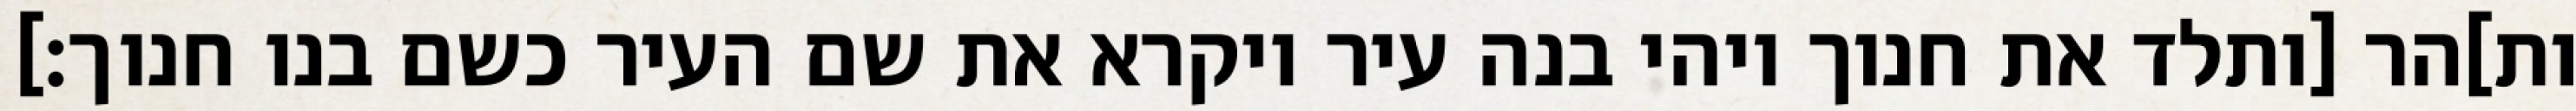
ות]הר [ותלד את חנוך ויהי בנה עיר ויקרא את שם העיר כשם בנו חנוך׃]